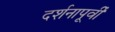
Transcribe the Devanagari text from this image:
दर्शनापूर्वी